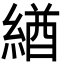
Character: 緧